Vaccine operations Central Provinces 1886-1899 - 1886-1899
Year: 1886
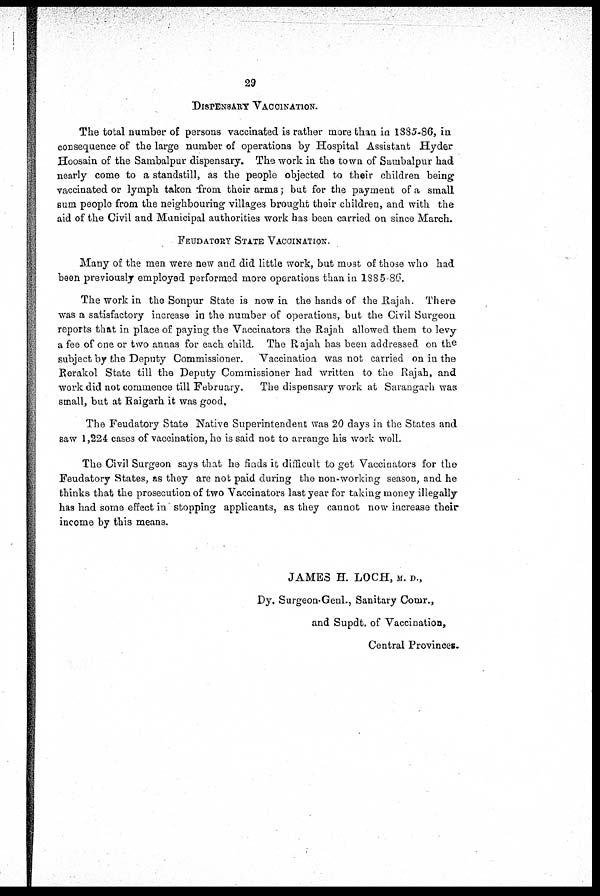
29
DISPENSARY VACCINATION.
The total number of persons vaccinated is rather more than in 1885-86, in
consequence of the large number of operations by Hospital Assistant Hyder
Hoosain of the Sambalpur dispensary. The work in the town of Sambalpur had
nearly come to a standstill, as the people objected to their children being
vaccinated or lymph taken from their arms ; but for the payment of a small
sum people from the neighbouring villages brought their children, and with the
aid of the Civil and Municipal authorities work has been carried on since March.
FEUDATORY STATE VACCINATION.
Many of the men were new and did little work, but most of those who had
been previously employed performed more operations than in 1885-86.
The work in the Sonpur State is now in the hands of the Rajah. There
was a satisfactory increase in the number of operations, but the Civil Surgeon
reports that in place of paying the Vaccinators the Rajah allowed them to levy
a fee of one or two annas for each child. The Rajah has been addressed on the
subject by the Deputy Commissioner. Vaccination was not carried on in the
Rerakol State till the Deputy Commissioner had written to the Rajah, and
work did not commence till February.
The dispensary work at Sarangarh was
small, but at Raigarh it was good,
The Feudatory State Native Superintendent was 20 days in the States and
saw 1,224 cases of vaccination, he is said not to arrange his work well.
The Civil Surgeon says that he finds it difficult to get Vaccinators for the
Feudatory States, as they are not paid during the non-working season, and he
thinks that the prosecution of two Vaccinators last year for taking money illegally
has had some effect in stopping applicants, as they cannot now increase their
income by this means.
JAMES H. LOCH, M. D.,
Dy. Surgeon-Genl., Sanitary Comr.,
and Supdt. of Vaccination,
Central Provinces.